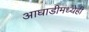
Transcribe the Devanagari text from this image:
आघाडीमध्येही